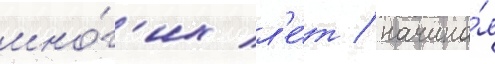
мно́г'их л'е́т / начина́я